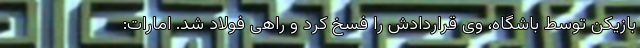
بازیکن توسط باشگاه، وی قراردادش را فسخ کرد و راهی فولاد شد. امارات: